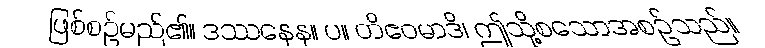
ဖြစ်စဉ်မည်၏။ ဒဿနေန။ ပ။ တိဧဝမာဒိ၊ ဤသို့စသောအစဉ်သည်။